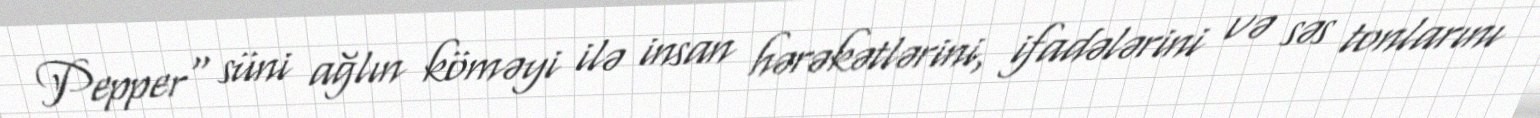
Pepper" süni ağlın köməyi ilə insan hərəkətlərini, ifadələrini və səs tonlarını